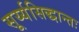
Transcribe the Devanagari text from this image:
सूर्य्यसिद्धान्तः